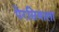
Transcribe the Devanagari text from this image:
पेरसियाला